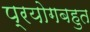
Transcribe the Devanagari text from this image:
प्रयोगबहुत